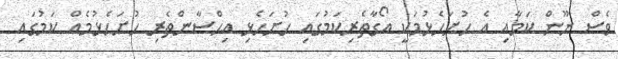
ވެސް ނޫން ކަމާއި އެ ހުށަހެޅުމަކީ އޯގާތެރިކަމުގައި ހުށަހެޅި އިހްސާންތެރި ހުށަހެޅުމެއް ކަމުގައި